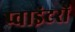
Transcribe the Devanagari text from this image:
प्वाइंटरों